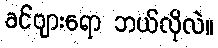
ခင်ဗျားရော ဘယ်လိုလဲ။